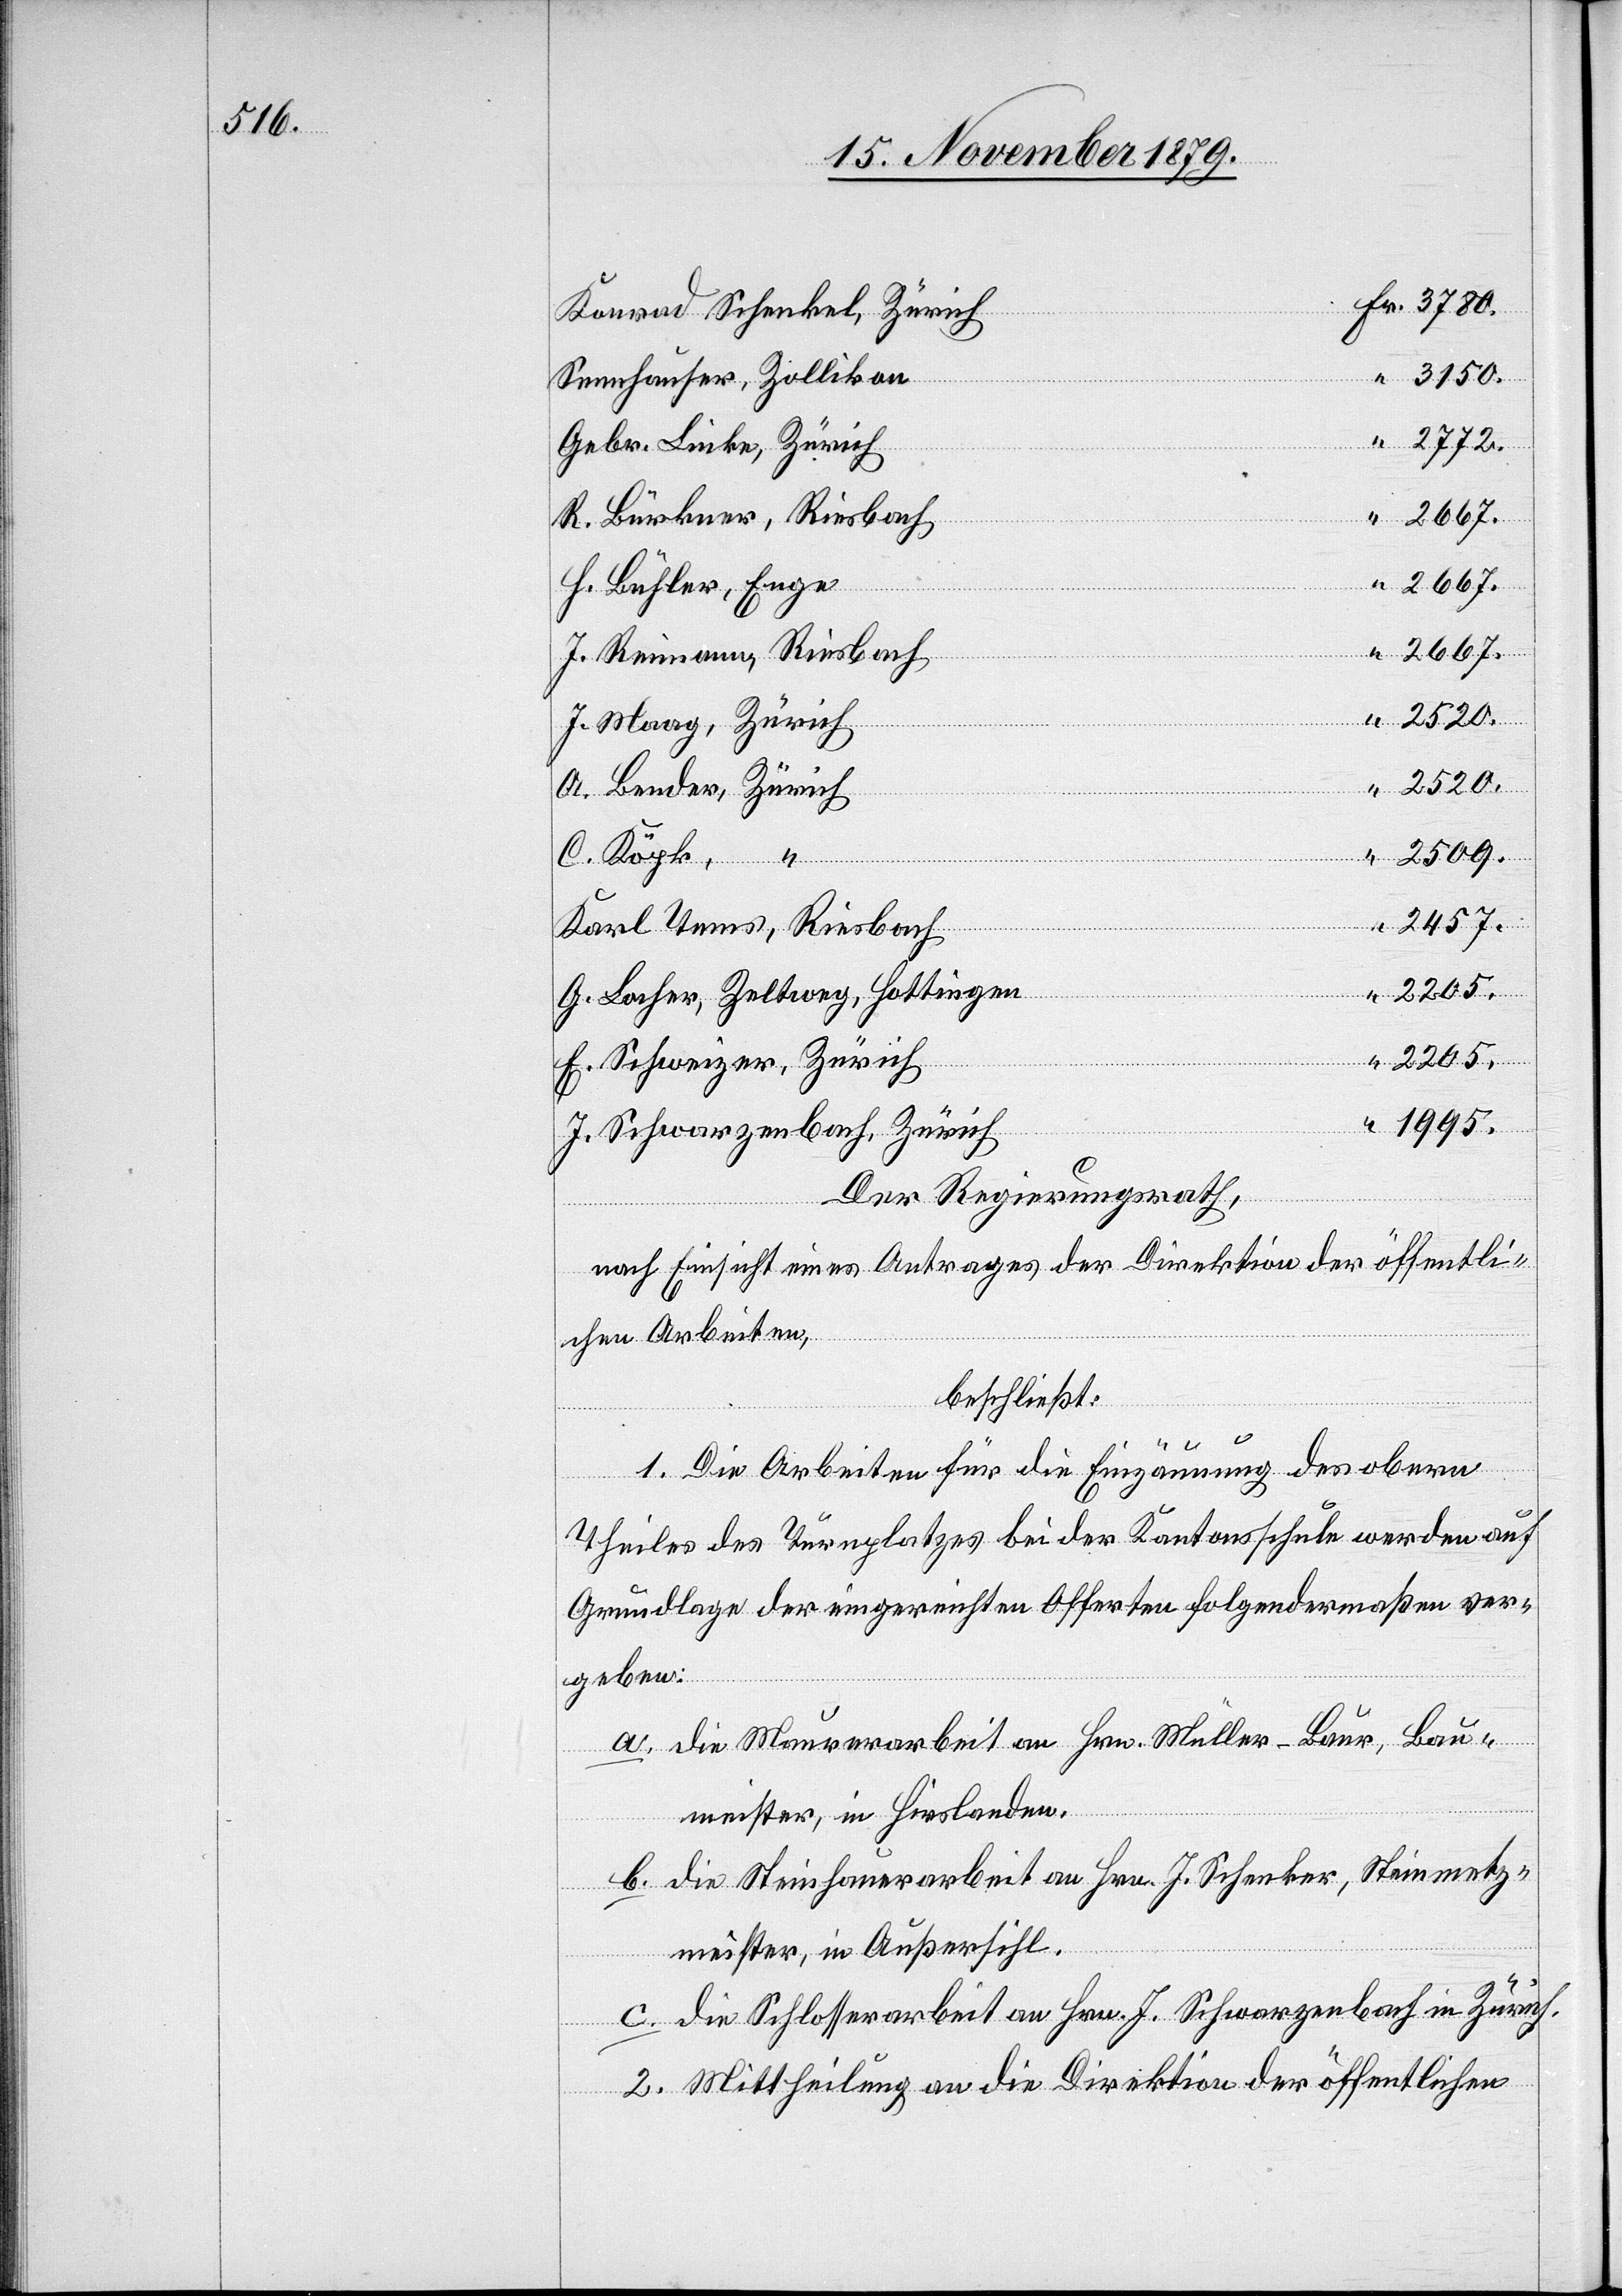
3150.

2667.
ch
“
2520.
2509.
ann,
C. Köyk,
2457.
Zürich
1995.
warzen¬
E.
Der Regierungsrath,
nach Einsicht eines Antrages der Direktion der öffentli¬
chen Arbeiten,
beschließt:
1. Die Arbeiten für die Einzäunung des obern
Theiles des Turnplatzes bei der Kantonsschule werden auf
Grundlage der eingereichten Offerten folgendermaßen ver¬
geben:
a. die Maurerarbeit an Hrn. Müller-Baur, Bau¬
meister, in Hirslanden.
b. die Steinmetzarbeit an Hrn. J. Schenker, Steinmetz¬
mester, in Außersihl.
c. die Schlosserarbeit an Hrn. J. Schwarzenbach in Zürich.
Karl
2. Mittheilung an die Direktion der öffentlichen